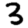
Digit: 3